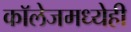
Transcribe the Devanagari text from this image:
काॅलेजमध्येही